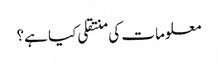
معلومات کی منتقلی کیا ہے؟